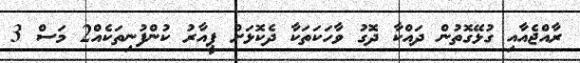
ރާއްޖެއާއި ގުޅޭގޮތުން ދައްކާ ދޮގު ވާހަކަތަކާ ދެކޮޅަށް ޕީއާރު ކުންފުނިތަކެއް2 މަސް 3